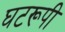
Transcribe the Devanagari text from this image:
घटरूपी